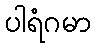
ပါရံဂမာ